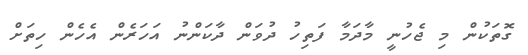
ގޮތަކުން މި ޖެހުނީ މާދަމާ ފަތިހު ދުވަން ދާކަންނު އަހަރެން އެހެން ހިތަށް